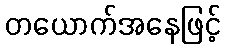
တယောက်အနေဖြင့်